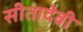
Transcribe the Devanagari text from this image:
सीतादेवी